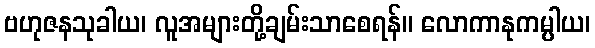
ဗဟုဇနသုခါယ၊ လူအများတို့ချမ်းသာစေရန်။ လောကာနုကမ္ပါယ၊